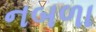
નબળા